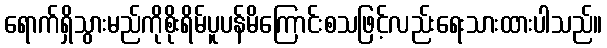
ရောက်ရှိသွားမည်ကိုစိုးရိမ်ပူပန်မိကြောင်းစသဖြင့်လည်းရေးသားထားပါသည်။